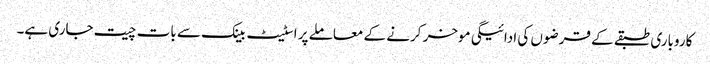
کاروباری طبقے کے قرضوں کی ادائیگی موخر کرنے کے معاملے پر اسٹیٹ بینک سے بات چیت جاری ہے۔